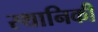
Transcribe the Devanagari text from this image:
स्थानिकी